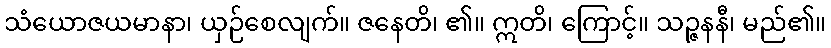
သံယောဇယမာနာ၊ ယှဉ်စေလျက်။ ဇနေတိ၊ ၏။ ဣတိ၊ ကြောင့်။ သဉ္ဇနနီ၊ မည်၏။